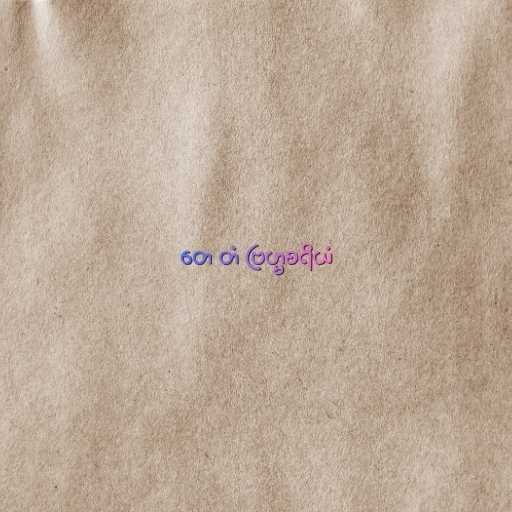
တေ တံ ဗြဟ္မစရိယံ